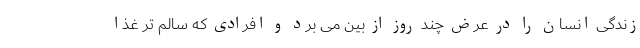
زندگی انسان را در عرض چند روز از بین می برد و افرادی که سالم تر غذا